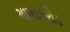
માખાકરોડ